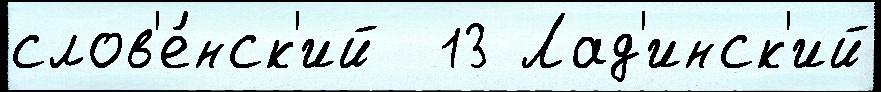
слов'е́нск'ий  13 Лад'инск'ий